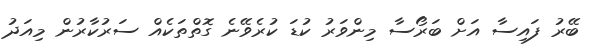
ބޭރު ފައިސާ އަށް ބަރޯސާ މިންވަރު ކުޑަ ކުރެވޭނެ ގޮތްތަކެއް ސަރުކާރުން މިއަދު